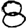
Digit: 8